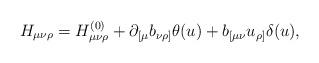
LaTeX: \begin{align*}H_{\mu\nu\rho}=H^{(0)}_{\mu\nu\rho}+\partial_{[\mu}b_{\nu\rho]}\theta(u)+b_{[\mu\nu}u_{\rho]}\delta(u),\end{align*}